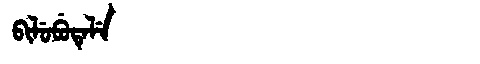
Manchu: ᠪᡳᠯᡠᠪᡠᡨᡝᠯᡝ
Romanization: BILUBUTELE